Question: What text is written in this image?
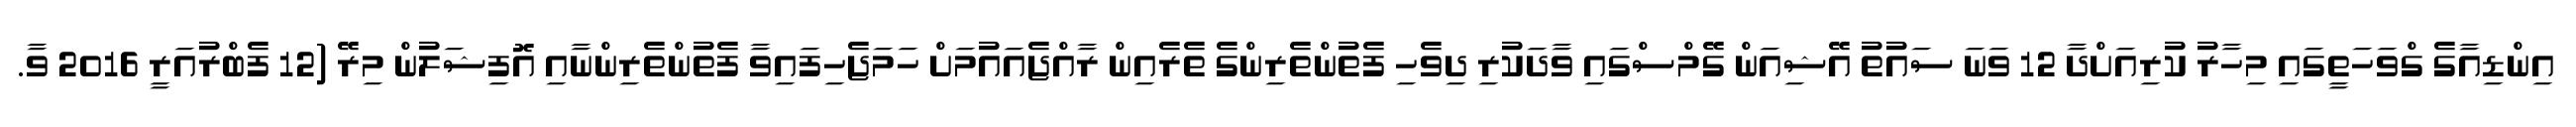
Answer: އިންޑިއާގެ ގްވަހަތީގައި މިހާރު ކުރިއަށްދާ 12 ވަނަ ސައުތު އޭޝިއަން ގޭމްސްގައި ވާދަކުރި ދިވެހި ފެތުންތެރިންގެ ތެރެއިން ރާއްޖެއައުމަށް ހަމަޖެހިފައިވާ ފެތުންތެރިންނާއި އޮފިޝަލުން މިރޭ (12 ފެބްރުއަރީ 2016 ވާ.